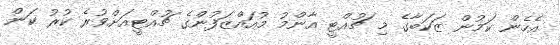
އެހެން ކަމުން ޒަކަބާގެ މި ޗުއްޓީ އާންމު މުއައްޒަފުންގެ ޗުއްޓީއަށްވުރެ ކުރު ކަން